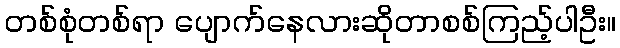
တစ်စုံတစ်ရာ ပျောက်နေလားဆိုတာစစ်ကြည့်ပါဦး။